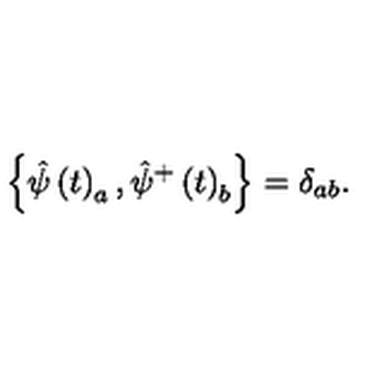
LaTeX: \left\{ \hat { \psi } \left( t \right) _ { a } , \hat { \psi } ^ { + } \left( t \right) _ { b } \right\} = \delta _ { a b } .